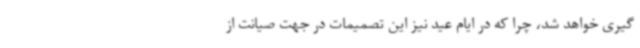
گیری خواهد شد، چرا که در ایام عید نیز این تصمیمات در جهت صیانت از